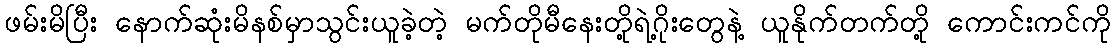
ဖမ်းမိပြီး နောက်ဆုံးမိနစ်မှာသွင်းယူခဲ့တဲ့ မက်တိုမီနေးတို့ရဲ့ဂိုးတွေနဲ့ ယူနိုက်တက်တို့ ကောင်းကင်ကို